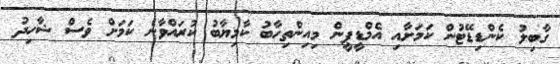
ގާބިލު ކެންޑިޑޭޓުން ކަމަށާއި އެމްޑީޕީން މިއިންތިހާބު ކާމިޔާބު ކުރައްވާނެ ކަމަށް ވެސް ޝާހިދު